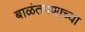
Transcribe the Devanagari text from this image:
बाळंतपणाच्या